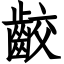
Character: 齩